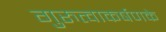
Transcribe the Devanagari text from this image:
गुरुत्वाकर्षणके